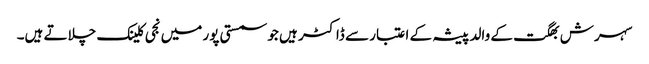
سہرش بھگت کے والد پیشہ کے اعتبار سے ڈاکٹر ہیں جو سمستی پور میں نجی کلینک چلاتے ہیں۔